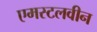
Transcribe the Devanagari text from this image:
एमस्टलवीन